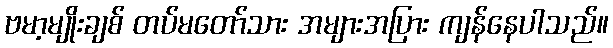
ဗမာ့မျိုးချစ် တပ်မတော်သား အများအပြား ကျန်နေပါသည်။